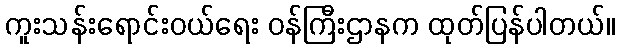
ကူးသန်းရောင်းဝယ်ရေး ဝန်ကြီးဌာနက ထုတ်ပြန်ပါတယ်။